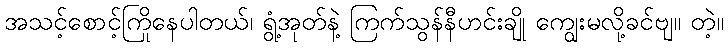
အသင့်စောင့်ကြိုနေပါတယ်၊ ရွံ့အုတ်နဲ့ ကြက်သွန်နီဟင်းချို ကျွေးမလို့ခင်ဗျ။ တဲ့။